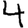
Digit: 4